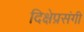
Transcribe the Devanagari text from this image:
दिक्षेप्रसंगी